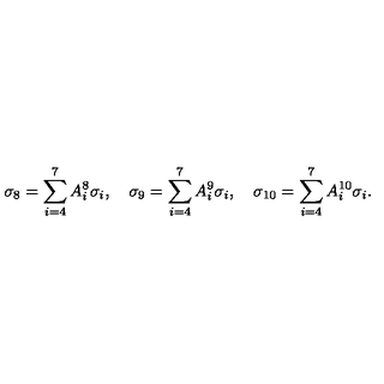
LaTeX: \sigma _ { 8 } = \sum _ { i = 4 } ^ { 7 } A _ { i } ^ { 8 } \sigma _ { i } , \quad \sigma _ { 9 } = \sum _ { i = 4 } ^ { 7 } A _ { i } ^ { 9 } \sigma _ { i } , \quad \sigma _ { 1 0 } = \sum _ { i = 4 } ^ { 7 } A _ { i } ^ { 1 0 } \sigma _ { i } .